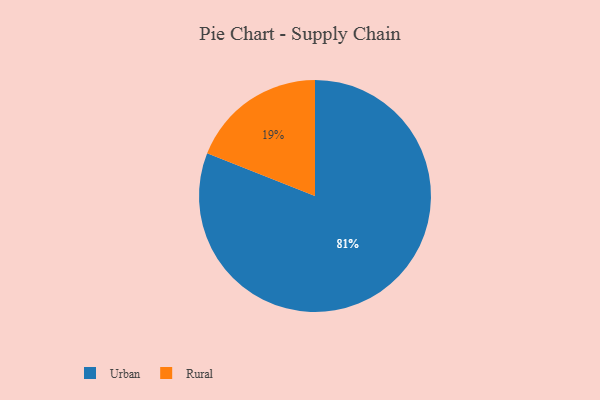
{"axis": {"x": "Category", "y": "Percentage"}, "legend": ["Rural", "Urban"], "data": [{"x": "Rural", "y": 19, "type": "Rural"}, {"x": "Urban", "y": 81, "type": "Urban"}]}